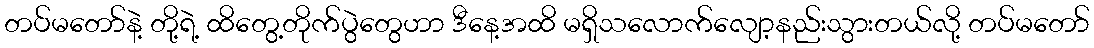
တပ်မတော်နဲ့ တို့ရဲ့ ထိတွေ့တိုက်ပွဲတွေဟာ ဒီနေ့အထိ မရှိသလောက်လျော့နည်းသွားတယ်လို့ တပ်မတော်